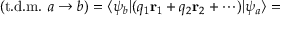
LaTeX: ( { \mathrm { t . d . m . ~ } } a \rightarrow b ) = \langle \psi _ { b } | ( q _ { 1 } \mathbf { r } _ { 1 } + q _ { 2 } \mathbf { r } _ { 2 } + \cdots ) | \psi _ { a } \rangle =